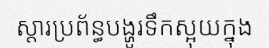
ស្តារប្រព័ន្ធបង្ហូរទឹកស្អុយក្នុង